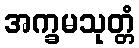
အက္ခမသုတ္တံ